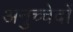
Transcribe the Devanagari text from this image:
अनुच्चेदों